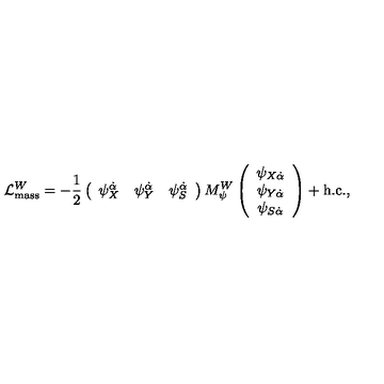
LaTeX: { \cal L } _ { \mathrm { m a s s } } ^ { W } = - { \frac { 1 } { 2 } } \left( \begin{array} { c c c } { \psi _ { X } ^ { \dot { \alpha } } } & { \psi _ { Y } ^ { \dot { \alpha } } } & { \psi _ { S } ^ { \dot { \alpha } } } \\ \end{array} \right) M _ { \psi } ^ { W } \left( \begin{array} { c } { \psi _ { X \dot { \alpha } } } \\ { \psi _ { Y \dot { \alpha } } } \\ { \psi _ { S \dot { \alpha } } } \\ \end{array} \right) + \mathrm { h . c . } ,